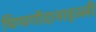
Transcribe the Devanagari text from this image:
थिप्पगोंदानाहल्ली